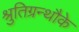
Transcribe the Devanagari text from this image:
श्रुतिग्रन्थौके